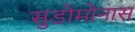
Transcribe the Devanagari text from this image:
सुडोमोनास